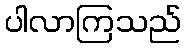
ပါလာကြသည်